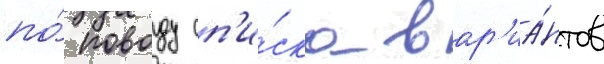
по́ поводу сп'и́ска вар'иа́нтов